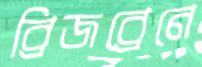
ব্রিজব্রেনে